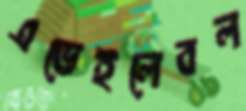
এভেইলেবল